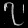
Digit: ၇